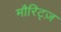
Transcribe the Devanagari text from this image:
मौरिट्ज़